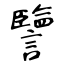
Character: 譼